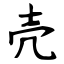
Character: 壳